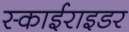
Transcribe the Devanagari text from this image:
स्काईराइडर